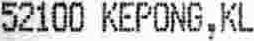
52100 KEPONG,KL